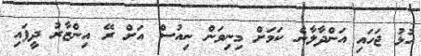
ހުޅު ޖަހައި އަންދާލާނެ ކަމަށް މިނިވަން ނިއުސް އަށް ރޭ އިންޒާރު ދީފައި